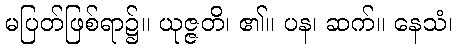
မပြတ်ဖြစ်ရာ၌။ ယုဇ္ဇတိ၊ ၏။ ပန၊ ဆက်။ နေသံ၊